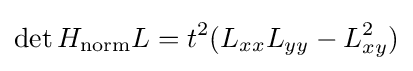
\det H_{\mathrm {norm} }L=t^{2}(L_{xx}L_{yy}-L_{xy}^{2})